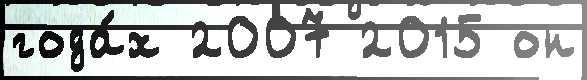
года́х 2007 2015 он